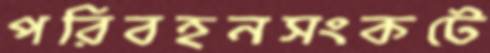
পরিবহনসংকটে